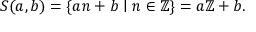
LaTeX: S ( a , b ) = \{ a n + b \mid n \in \mathbb { Z } \} = a \mathbb { Z } + b .